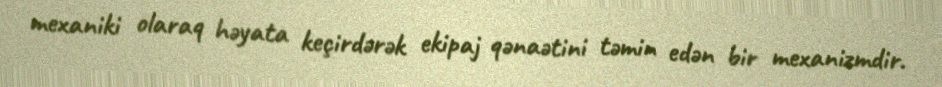
mexaniki olaraq həyata keçirdərək ekipaj qənaətini təmin edən bir mexanizmdir.